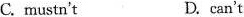
C.mustn't D.can't